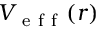
V _ { \mathrm { ~ e ~ f ~ f ~ } } ( r )